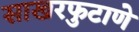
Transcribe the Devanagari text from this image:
साखरफुटाणे